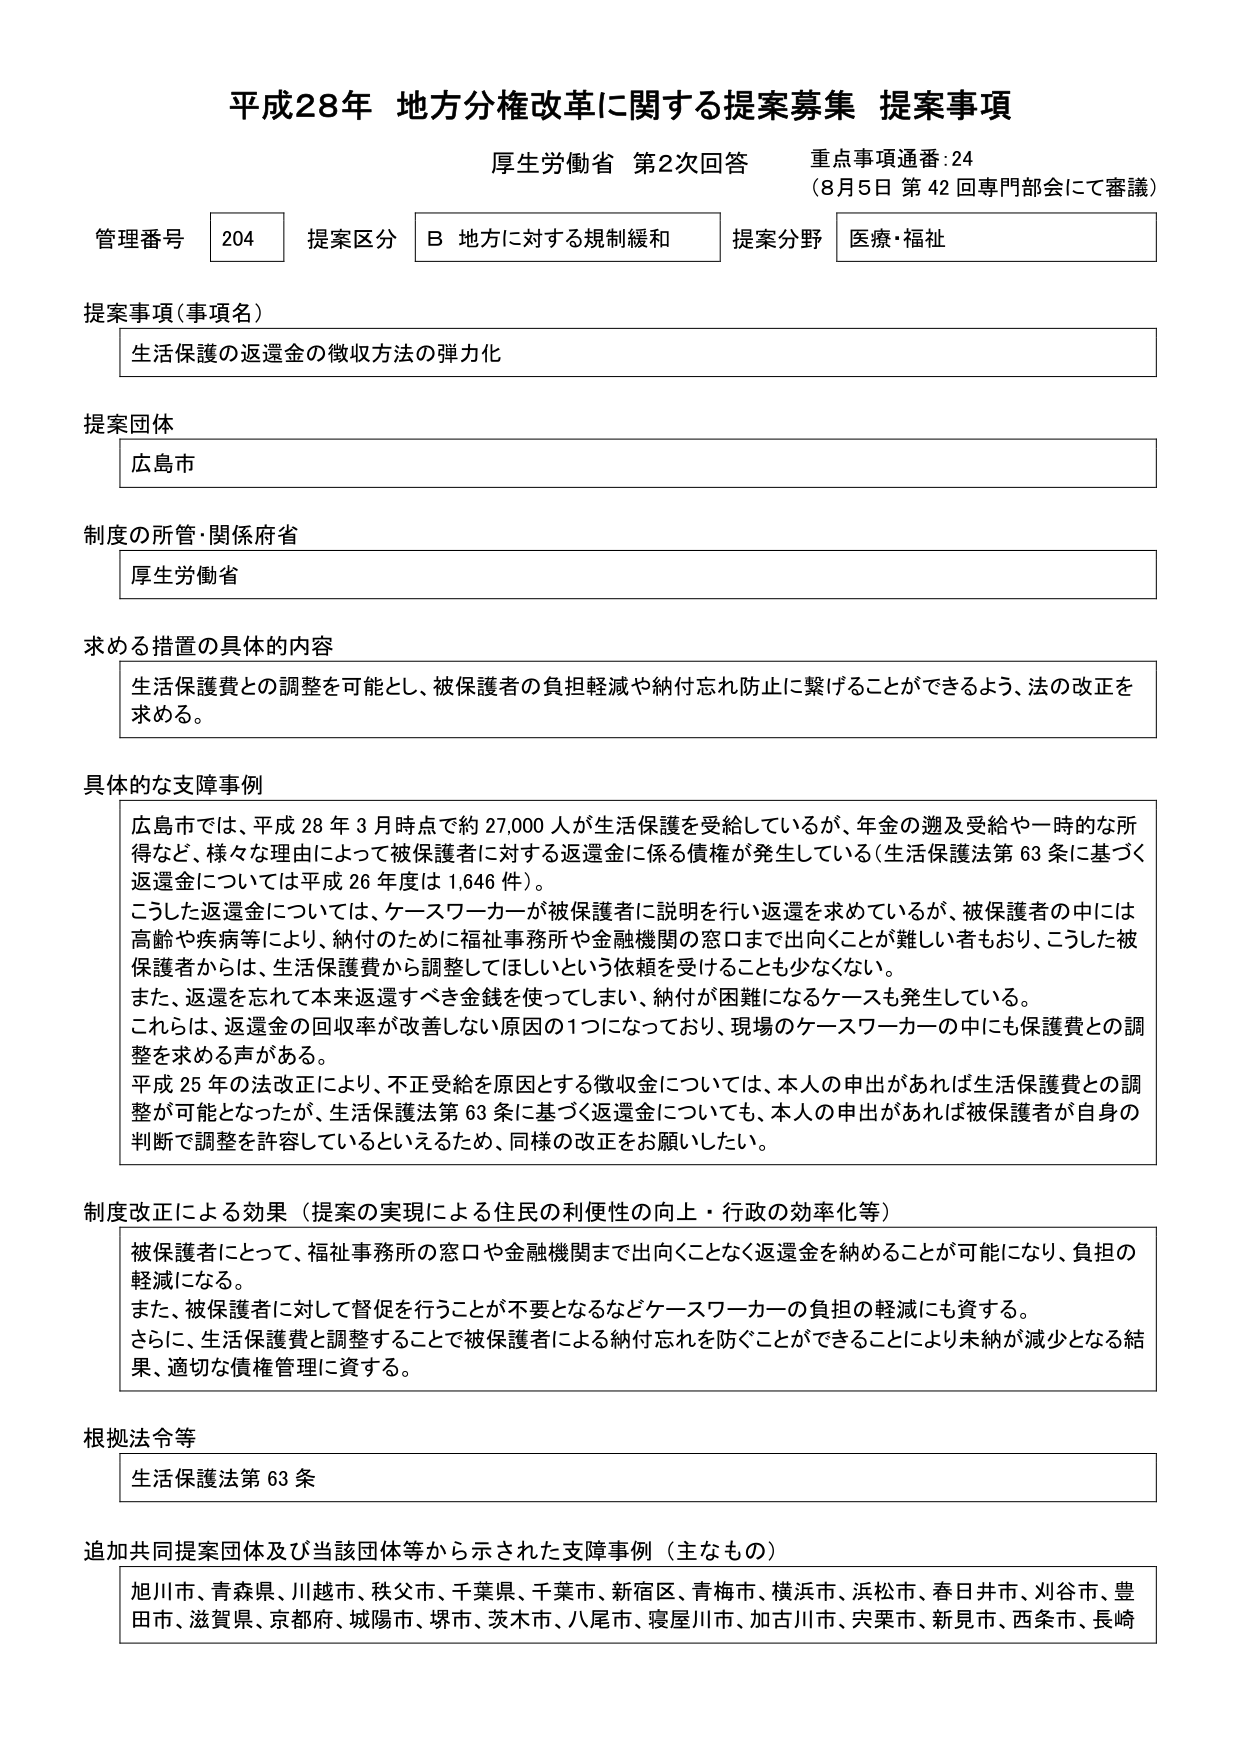
平成28年 地方分権改革に関する提案募集 提案事項
厚生労働省 第2次回答 重点事項通番:24
（8月5日 第42回専門部会にて審議）

管理番号 204 提案区分 B 地方に対する規制緩和 提案分野 医療・福祉

提案事項（事項名）
生活保護の返還金の徴収方法の弾力化

提案団体
広島市

制度の所管・関係府省
厚生労働省

求める措置の具体的内容
生活保護費との調整を可能とし、被保護者の負担軽減や納付忘れ防止に繋げることができるよう、法の改正を求める。

具体的な支障事例
広島市では、平成28年3月時点で約27,000人が生活保護を受給しているが、年金の遡及受給や一時的な所得など、様々な理由によって被保護者に対する返還金に係る債権が発生している（生活保護法第63条に基づく返還金については平成26年度は1,646件）。
こうした返還金については、ケースワーカーが被保護者に説明を行い返還を求めているが、被保護者の中には高齢や疾病等により、納付のために福祉事務所や金融機関の窓口まで出向くことが難しい者もおり、こうした被保護者からは、生活保護費から調整してほしいという依頼を受けることも少なくない。
また、返還を忘れて本来返還すべき金銭を使ってしまい、納付が困難になるケースも発生している。
これらは、返還金の回収率が改善しない原因の1つになっており、現場のケースワーカーの中にも保護費との調整を求める声がある。
平成25年の法改正により、不正受給を原因とする徴収金については、本人の申出があれば生活保護費との調整が可能となったが、生活保護法第63条に基づく返還金についても、本人の申出があれば被保護者が自身の判断で調整を許容しているといえるため、同様の改正をお願いしたい。

制度改正による効果（提案の実現による住民の利便性の向上・行政の効率化等）
被保護者にとって、福祉事務所の窓口や金融機関まで出向くことなく返還金を納めることができるようになり、負担の軽減になる。
また、被保護者に対して督促を行うことが不要となるなどケースワーカーの負担の軽減にも資する。
さらに、生活保護費と調整することで被保護者による納付忘れを防ぐことができることにより未納が減少となる結果、適切な債権管理に資する。

根拠法令等
生活保護法第63条

追加共同提案団体及び当該団体等から示された支障事例（主なもの）
旭川市、青森県、川越市、秩父市、千葉県、千葉市、新宿区、青梅市、横浜市、浜松市、春日井市、刈谷市、豊田市、滋賀県、京都府、城陽市、堺市、茨木市、八尾市、寝屋川市、加古川市、宍粟市、新見市、西条市、長崎